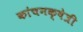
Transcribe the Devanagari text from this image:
कांचनक्षेत्री